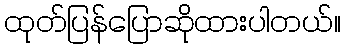
ထုတ်ပြန်ပြောဆိုထားပါတယ်။